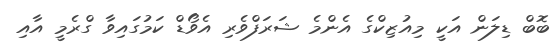
ބޮބް ޑިލަން އަކީ މިއުޒިކްގެ އެންމެ ޝަރަފްވެރި އެވޯޑް ކަމުގައިވާ ގްރެމީ އާއި